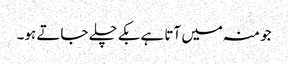
جو منہ میں آتا ہے بکے چلے جاتے ہو۔